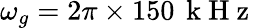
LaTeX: \omega_{g}=2\pi\times 150\, \mathrm{~k~H~z~}